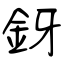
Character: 釾